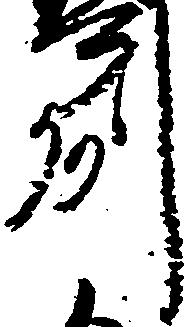
州